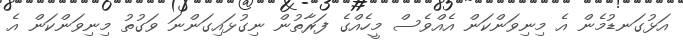
އަޅުގަނޑުމެން އެ މިނިވަންކަން އެއްވެސް މީހެއްގެ ފަރާތުން ނިގުޅައިގަންނަ ވަގުތު މިނިވަންކަން އެ